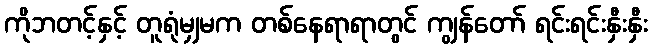
ကိုဘတင့်နှင့် တူရုံမျှမက တစ်နေရာရာတွင် ကျွန်တော် ရင်းရင်းနှီးနှီး